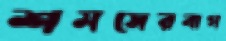
শমসেরবাগ